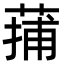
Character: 蒱